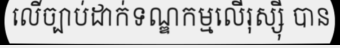
លើច្បាប់ដាក់ទណ្ឌកម្មលើរុស្ស៊ី បាន